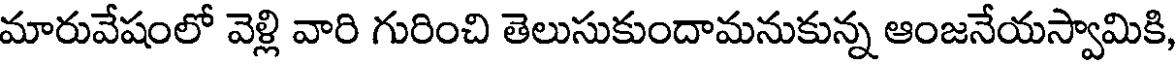
మారువేషంలో వెళ్లి వారి గురించి తెలుసుకుందామనుకున్న ఆంజనేయస్వామికి,